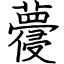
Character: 蘉